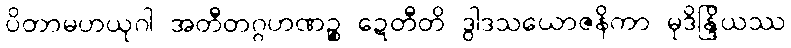
ပိတာမဟယုဂါ အတီတဂ္ဂဟဏဉ္စ ဍေတီတိ ဒွါဒသယောဇနိကာ မုဒိန္ဒြိယဿ